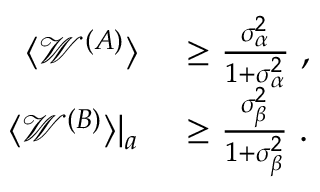
\begin{array} { r l } { \langle \mathcal { W } ^ { ( A ) } \rangle } & { { } \geq \frac { \sigma _ { \alpha } ^ { 2 } } { 1 + \sigma _ { \alpha } ^ { 2 } } \; , } \\ { \langle \mathcal { W } ^ { ( B ) } \rangle | _ { a } } & { { } \geq \frac { \sigma _ { \beta } ^ { 2 } } { 1 + \sigma _ { \beta } ^ { 2 } } \; . } \end{array}